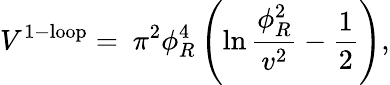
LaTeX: V^{\mathrm{1-loop}}={}~\pi^{2}\phi_{R}^{4}\left(\ln{\frac{\phi_{R}^{2}}{v^{2}}}-{\frac{1}{2}}\right),